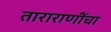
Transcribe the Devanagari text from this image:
ताराराणींचा